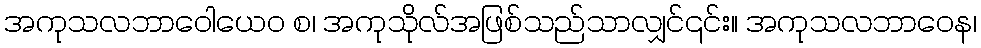
အကုသလဘာဝေါယေဝ စ၊ အကုသိုလ်အဖြစ်သည်သာလျှင်၎င်း။ အကုသလဘာဝေန၊